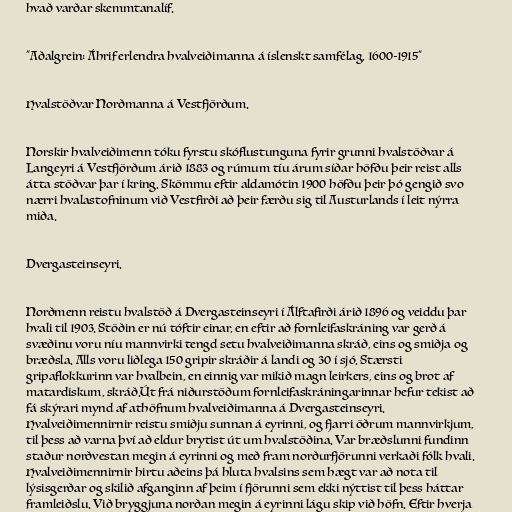
hvað varðar skemmtanalíf.

"Aðalgrein: Áhrif erlendra hvalveiðimanna á íslenskt samfélag, 1600-1915"

Hvalstöðvar Norðmanna á Vestfjörðum.

Norskir hvalveiðimenn tóku fyrstu skóflustunguna fyrir grunni hvalstöðvar á
Langeyri á Vestfjörðum árið 1883 og rúmum tíu árum síðar höfðu þeir reist alls
átta stöðvar þar í kring. Skömmu eftir aldamótin 1900 höfðu þeir þó gengið svo
nærri hvalastofninum við Vestfirði að þeir færðu sig til Austurlands í leit nýrra
miða.

Dvergasteinseyri.

Norðmenn reistu hvalstöð á Dvergasteinseyri í Álftafirði árið 1896 og veiddu þar
hvali til 1903. Stöðin er nú tóftir einar, en eftir að fornleifaskráning var gerð á
svæðinu voru níu mannvirki tengd setu hvalveiðimanna skráð, eins og smiðja og
bræðsla. Alls voru liðlega 150 gripir skráðir á landi og 30 í sjó. Stærsti
gripaflokkurinn var hvalbein, en einnig var mikið magn leirkers, eins og brot af
matardiskum, skráð.Út frá niðurstöðum fornleifaskráningarinnar hefur tekist að
fá skýrari mynd af athöfnum hvalveiðimanna á Dvergasteinseyri.
Hvalveiðimennirnir reistu smiðju sunnan á eyrinni, og fjarri öðrum mannvirkjum,
til þess að varna því að eldur brytist út um hvalstöðina. Var bræðslunni fundinn
staður norðvestan megin á eyrinni og með fram norðurfjörunni verkaði fólk hvali.
Hvalveiðimennirnir hirtu aðeins þá hluta hvalsins sem hægt var að nota til
lýsisgerðar og skilið afganginn af þeim í fjörunni sem ekki nýttist til þess háttar
framleiðslu. Við bryggjuna norðan megin á eyrinni lágu skip við höfn. Eftir hverja